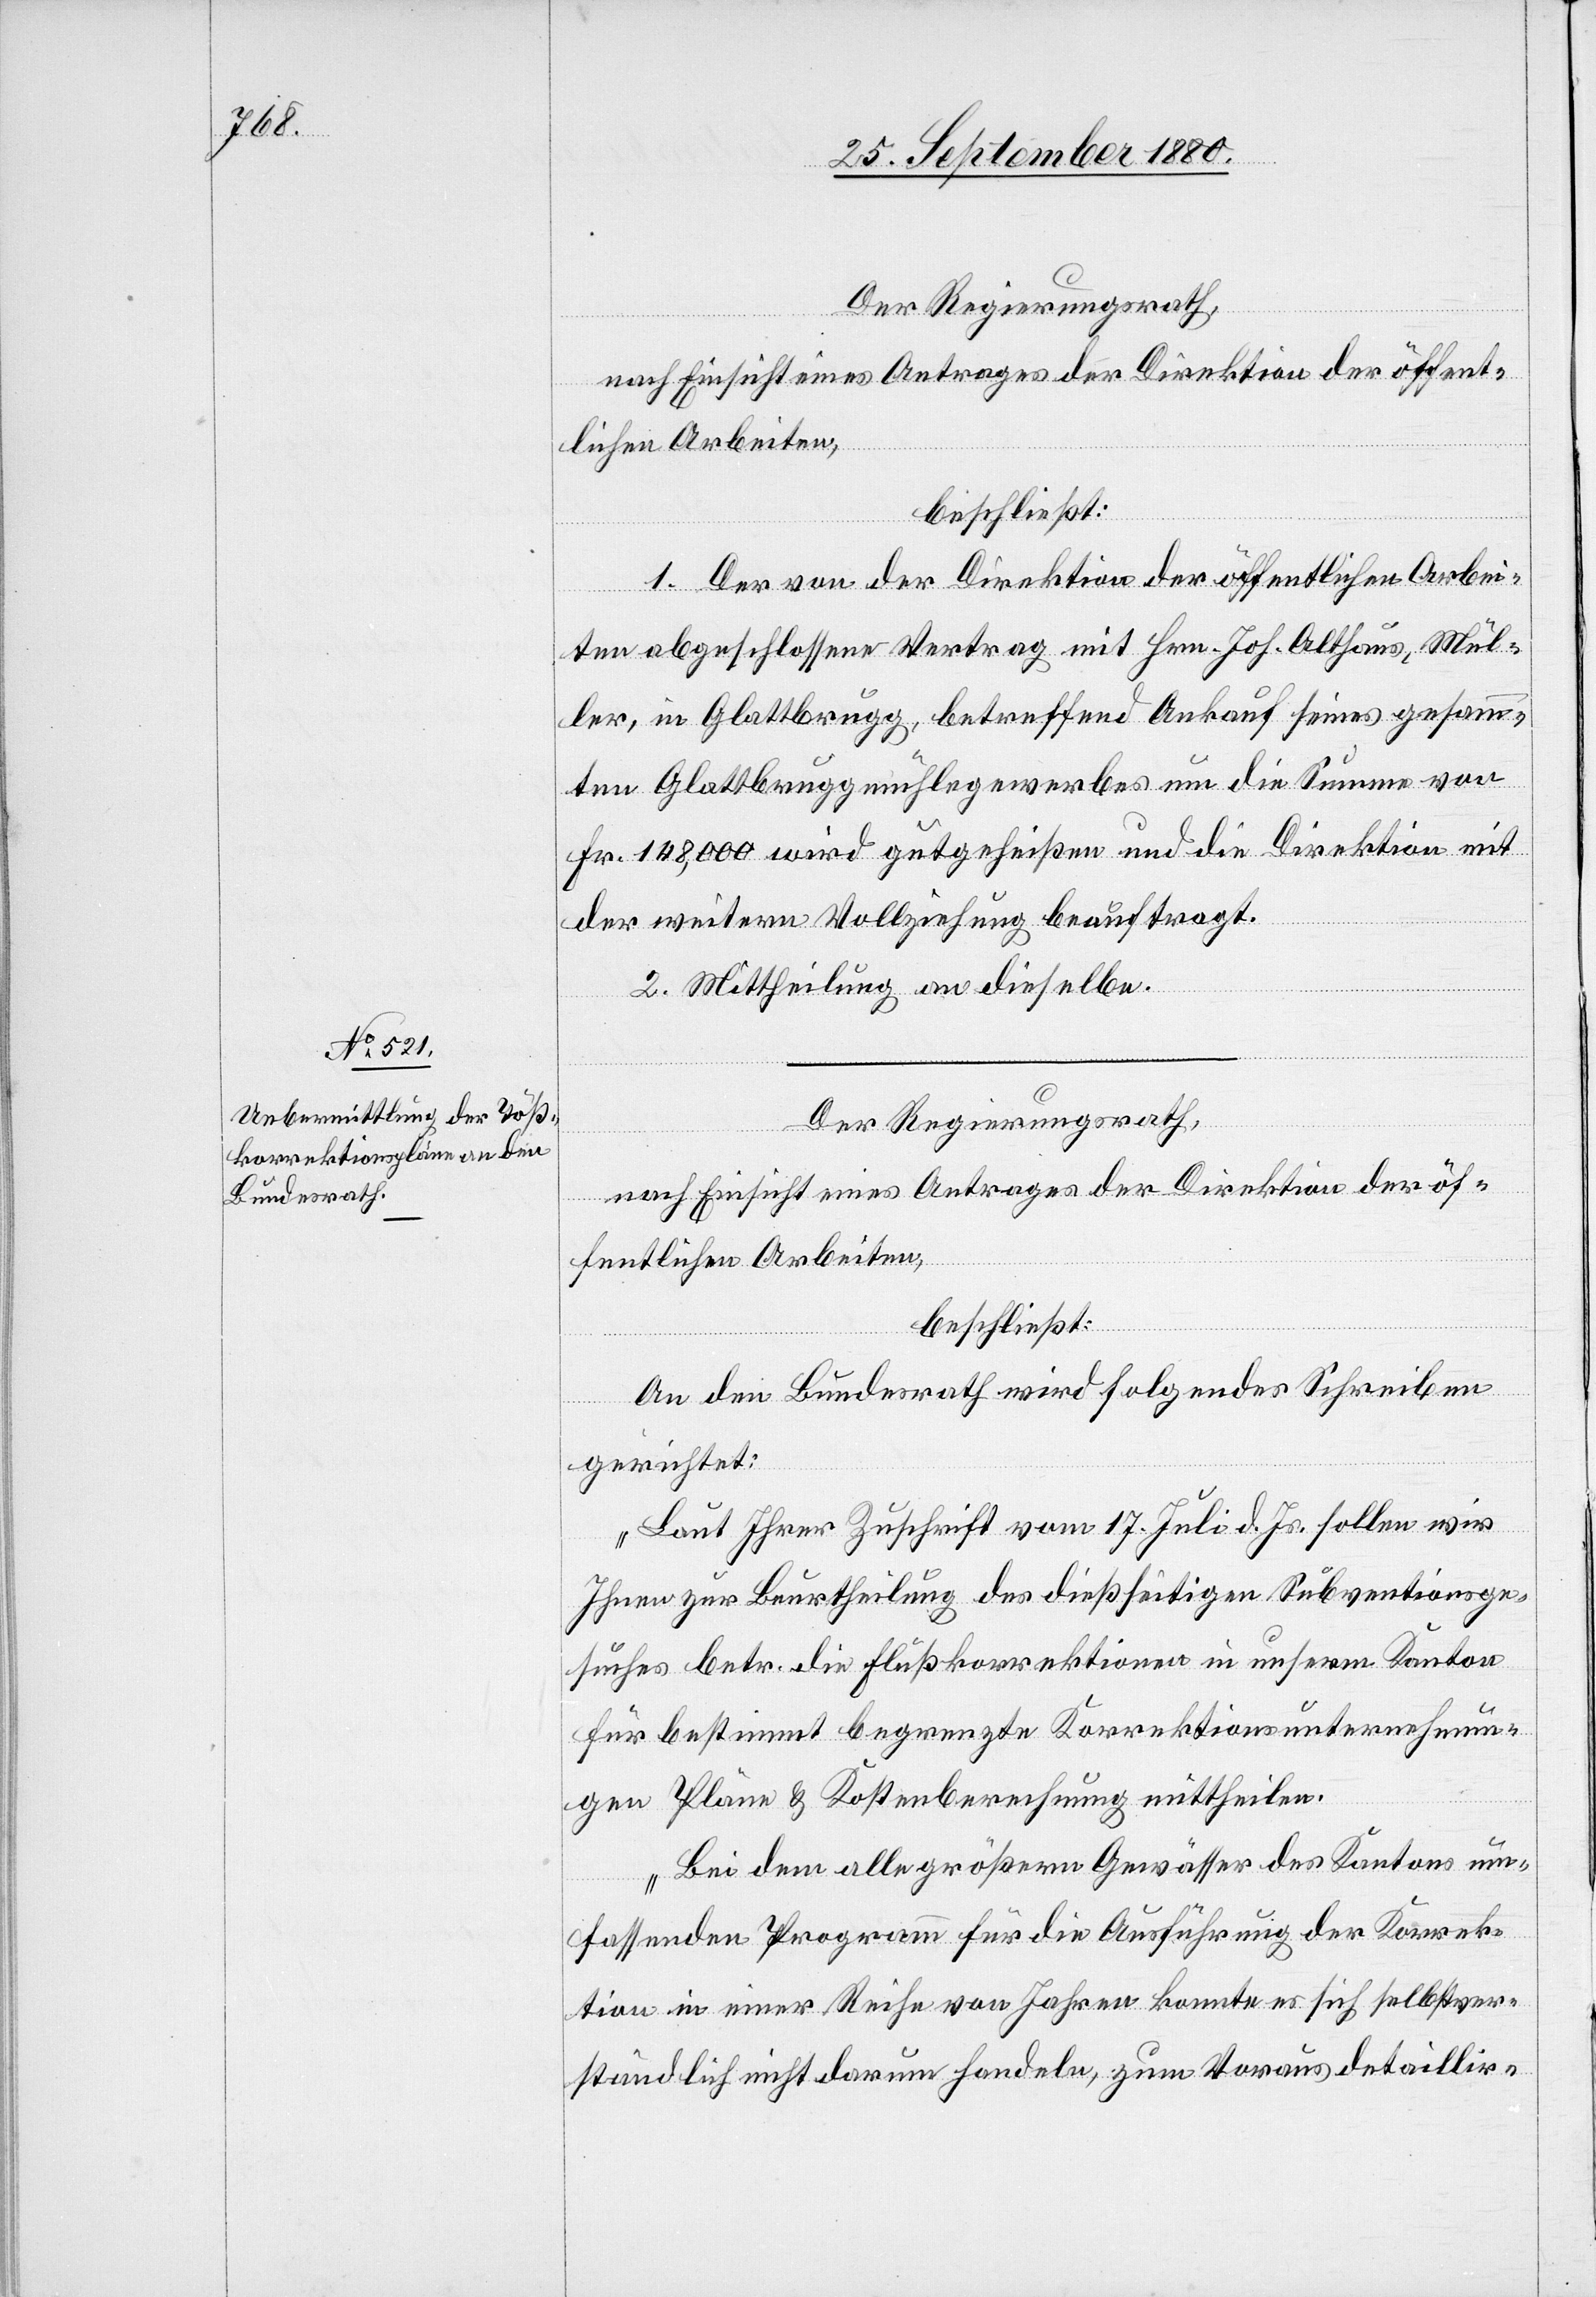
Der Regierungsrath,
nach Einsicht eines Antrages der Direktion der öffent¬
lichen Arbeiten,
beschließt:
1. Der Von der Direktion der öffentlichen Arbei¬
ten abgeschlossene Vertrag mit Hrn. Joh. Althaus, Mül¬
ler in Glattbrugg, betreffend Ankauf seines gesamm¬
ten Glattbruggmühlegewerbes um die Summe von
Fr. 148,000 wird gutgeheißen und die Direktion mit
der weitern Vollziehung beauftragt.
2. Mittheilung an dieselbe.
Der Regierungsrath,
nach Einsicht eines Antrages der Direktion der öf¬
fentlichen Arbeiten,
beschließt:
An den Bundesrath wird folgendes Schreiben
gerichtet:
„Laut ihrer Zuschrift vom 17. Juli d. Js. sollen wir
Ihnen zur Beurtheilung des dießseitigen Subventionsge¬
suches betr. die Flußkorrektionen in unserm Kanton
für bestimmt begrenzte Korrektionsunternehmun¬
gen Pläne & Kostenberechnungen mittheilen.
Bei dem alle größern Gewässer des Kantons um¬
fassenden Programm für die Ausführung der Korrek¬
tion in einer Reihe von Jahren konnte es sich selbstver¬
ständlich nicht darum handeln, zum Voraus detaillir-